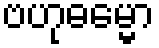
ဗဟုဓမ္မော